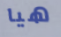
هيا